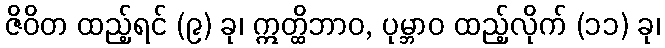
ဇိဝိတ ထည့်ရင် (၉) ခု၊ ဣတ္ထိဘာဝ, ပုမ္ဘာဝ ထည့်လိုက် (၁၁) ခု၊